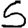
Digit: 5